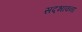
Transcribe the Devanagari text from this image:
सद़भावना